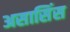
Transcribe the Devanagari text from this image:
असासिंस